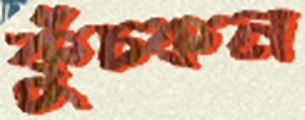
কুঁচ্‌কন